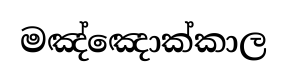
මඤ්ඤොක්කාල